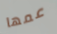
عمها